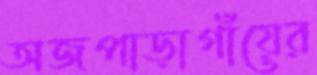
অজপাড়াগাঁয়ের